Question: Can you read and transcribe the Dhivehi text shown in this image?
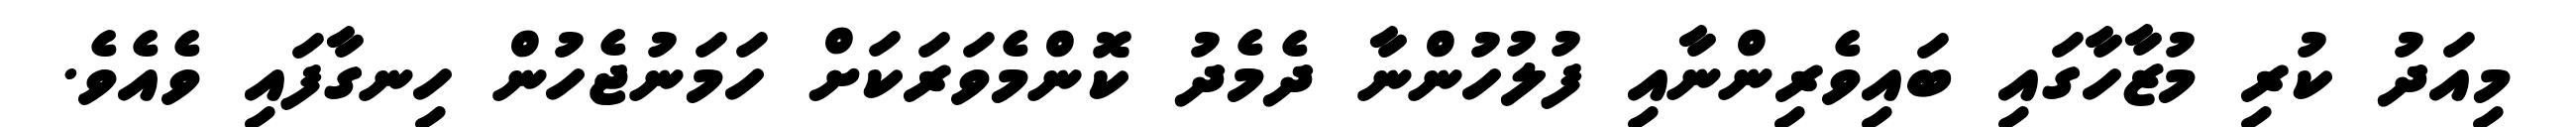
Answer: މިއަދު ކުރި މުޒާހާގައި ބައިވެރިންނާއި ފުލުހުންނާ ދެމެދު ކޮންމެވަރަކަށް ހަމަނުޖެހުން ހިނގާފައި ވެއެވެ.